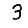
Digit: 3